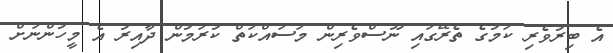
އެ ބިރުވެރި ކަމުގެ ތެރޭގައި ނޫސްވެރިން މަސައްކަތް ކުރަމުން ދާއިރު އެ މީހުންނަށް